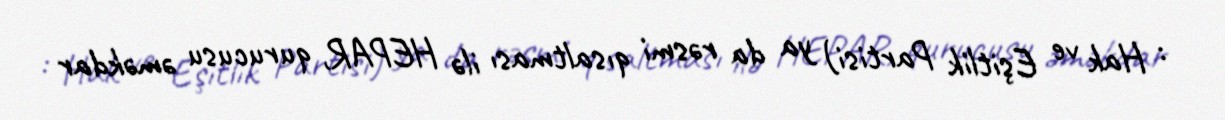
: Hak ve Eşitlik Partisi) ya da rəsmi qısaltması ilə HEPAR, qurucusu əməkdar